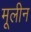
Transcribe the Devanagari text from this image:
मूलीन